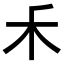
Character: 𥝌